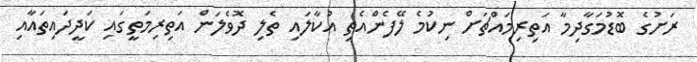
ރަށުގެ ބޮޑުމަގާދިމާ އަތިރިމައްޗަށް ނިކުމެ ލޭފެންއެތި އުކާލައި ތެލި ދޮވެލަން އަތިރިމަތީގައި ކަދީދައިތައާއި